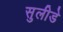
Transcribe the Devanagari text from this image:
सुलीडे